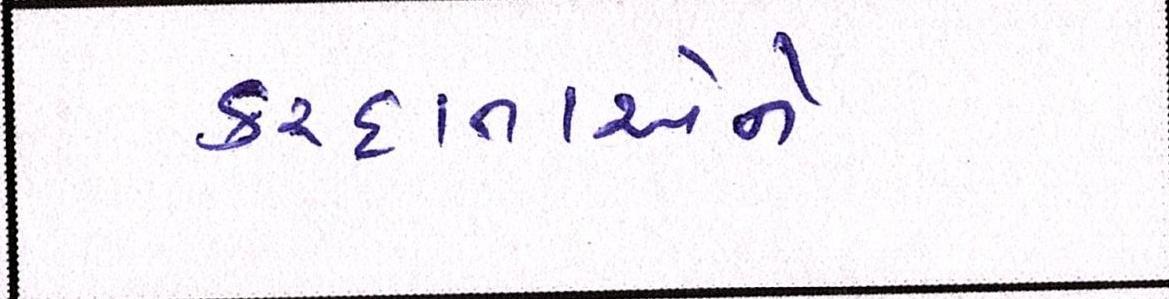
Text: કરદાતાઓને